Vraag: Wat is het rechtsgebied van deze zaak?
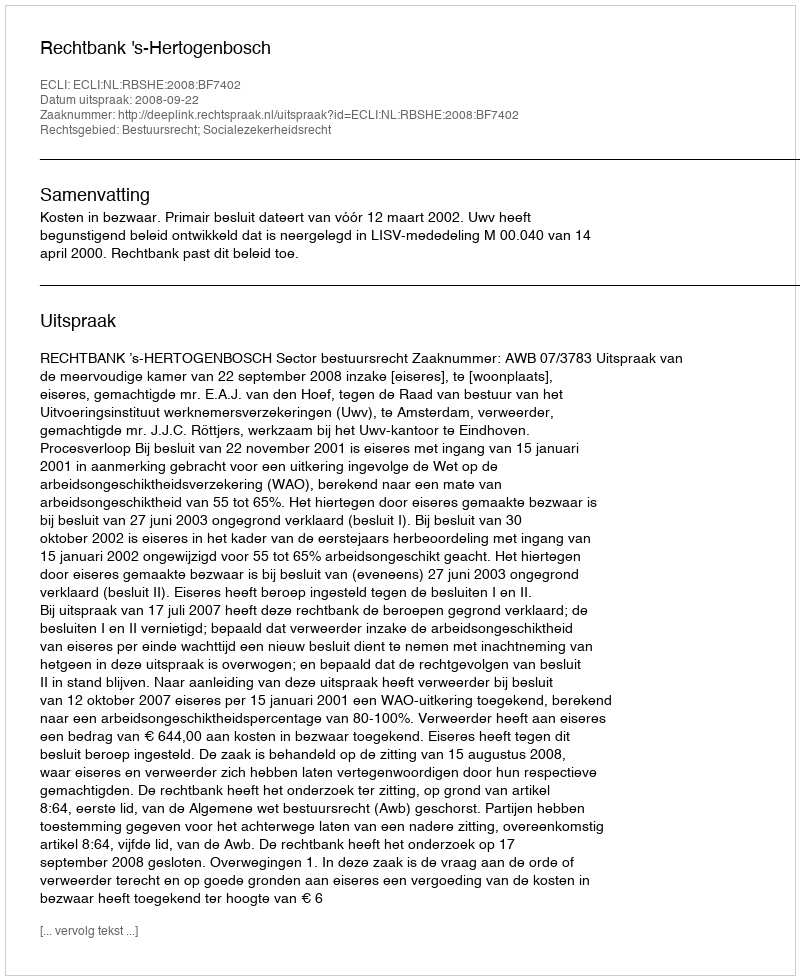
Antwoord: Bestuursrecht; Socialezekerheidsrecht